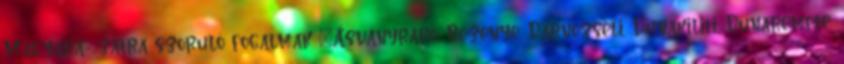
Magyará- zatra szoruló fogalmak ▪Ásványráró, Bezenye, Darnózseli, Dunakiliti, Dunaremete,